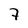
Character: 7